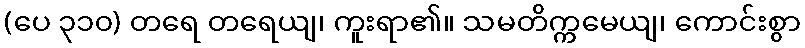
(ပေ ၃၁၀) တရေ တရေယျ၊ ကူးရာ၏။ သမတိက္ကမေယျ၊ ကောင်းစွာ